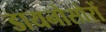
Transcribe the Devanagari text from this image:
डायनोसोरों